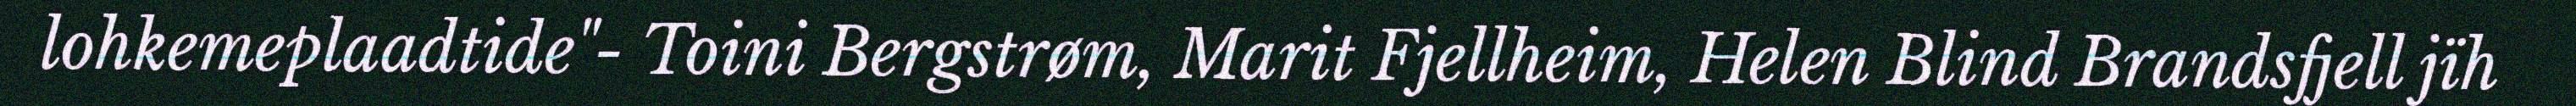
lohkemeplaadtide"- Toini Bergstrøm, Marit Fjellheim, Helen Blind Brandsfjell jïh